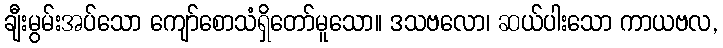
ချီးမွမ်းအပ်သော ကျော်စောသံရှိတော်မူသော။ ဒသဗလော၊ ဆယ်ပါးသော ကာယဗလ,